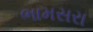
ભામસરા